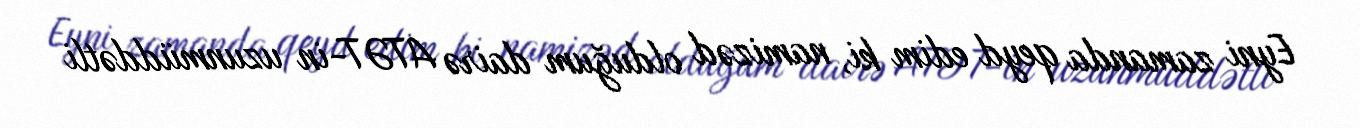
Eyni zamanda qeyd edim ki, namizəd olduğum dairə ATƏT-in uzunmüddətli